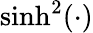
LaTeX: \sinh^{2}(\cdot)